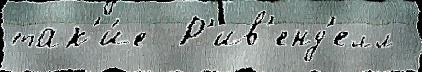
так'и́е  Р'ив'енд'елл